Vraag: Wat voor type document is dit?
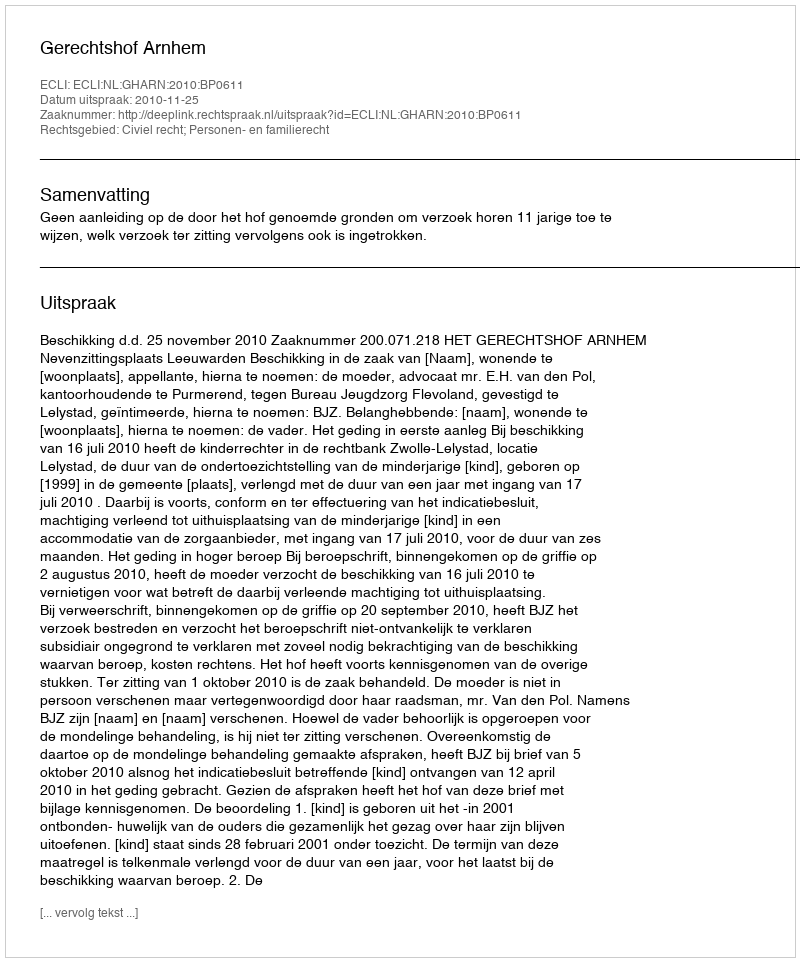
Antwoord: Uitspraak